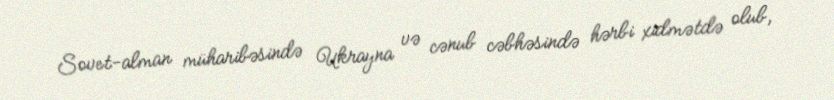
Sovet-alman müharibəsində Ukrayna və cənub cəbhəsində hərbi xidmətdə olub,